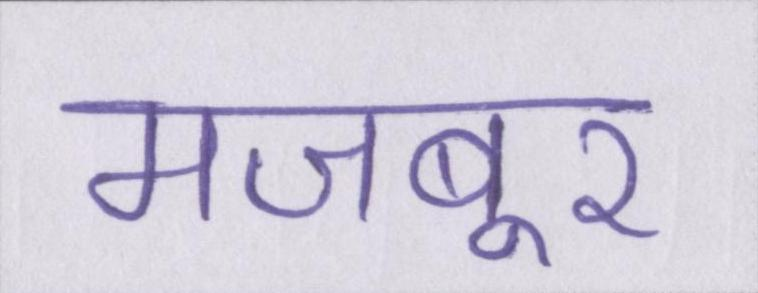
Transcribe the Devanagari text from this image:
मजबूर